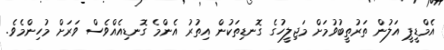
އެމްޑީޕީ އަލުން ތަރުތީބުވުމަށް މަޖިލީހުގެ ގޮނޑިތަކުން އިތުރު އެންމެ ގޮނޑިއެއްވެސް ވަރަށް މުހިންމެވެ.